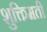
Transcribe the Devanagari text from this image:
शुक्तिमती